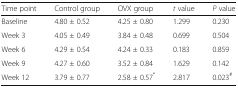
<table><thead><tr><td><b>Time point</b></td><td><b>Control group</b></td><td><b>OVX group</b></td><td><b><i>t</i> value</b></td><td><b><i>P</i> value</b></td></tr></thead><tbody><tr><td>Baseline</td><td>4.80 ± 0.52</td><td>4.25 ± 0.80</td><td>1.299</td><td>0.230</td></tr><tr><td>Week 3</td><td>4.05 ± 0.49</td><td>3.84 ± 0.48</td><td>0.699</td><td>0.504</td></tr><tr><td>Week 6</td><td>4.29 ± 0.54</td><td>4.24 ± 0.33</td><td>0.183</td><td>0.859</td></tr><tr><td>Week 9</td><td>4.27 ± 0.60</td><td>3.52 ± 0.84</td><td>1.629</td><td>0.142</td></tr><tr><td>Week 12</td><td>3.79 ± 0.77</td><td>2.58 ± 0.57<sup>*</sup></td><td>2.817</td><td>0.023<sup>#</sup></td></tr></tbody></table>